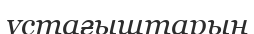
үстағыштарын